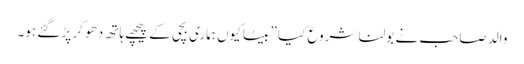
والد صاحب نے بولنا شروع کیا ” بیٹا کیوں ہماری بچی کے پیچھے ہاتھ دھو کر پڑ گئے ہو۔